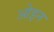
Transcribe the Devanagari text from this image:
ओइन